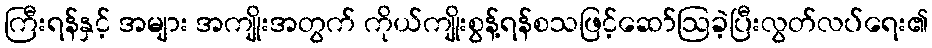
ကြီးရန်နှင့် အများ အကျိုးအတွက် ကိုယ်ကျိုးစွန့်ရန်စသဖြင့်ဆော်ဩခဲ့ပြီးလွတ်လပ်ရေး၏